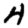
Digit: 4